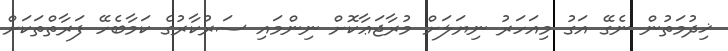
ޚިދުމަތުން ނެގޭ އަގު މިއަހަރު ނިޔަލަށް މުރާޖަޢާކޮށް ނިންމައި ސަރުކާރުގެ ކަމާބެހޭ ފަރާތްތަކަށް